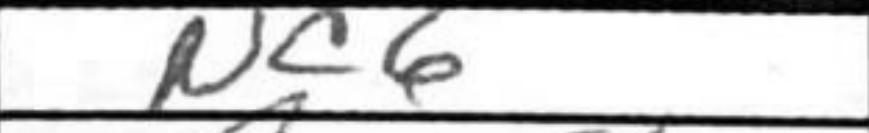
Transcription: Nc6